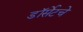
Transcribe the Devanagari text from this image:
डॉर्सेटचे